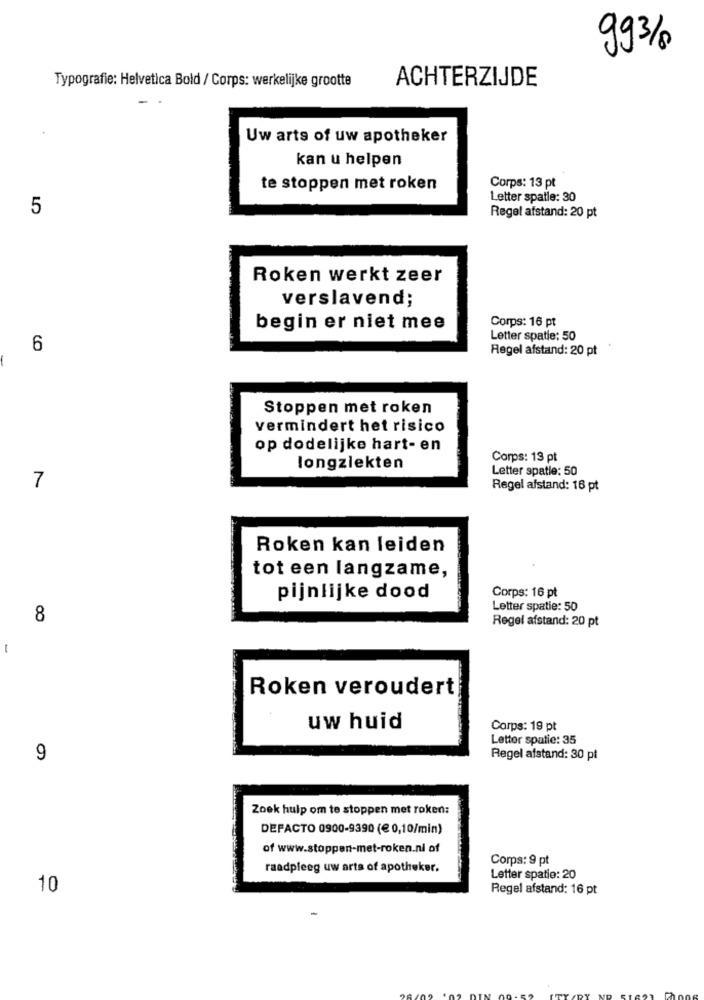
993/8
Typografie: Helvetica Bold / Corps: werkelijke grootte
ACHTERZIJDE
Uw arts of uw apotheker
kan u helpen
Corps: 13 pt
te stoppen met roken
Letter spatle: 30
5
Regel afstand: 20 pt
Roken werkt zeer
verslavend;
Corps: 16 pt
begin er niet mee
Letter spatie: 50
6
Regel afstand: 20 pt
Stoppen met roken
vermindert het risico
op dodelijke hart- en
Corps: 13 pt
longziekten
Letter spatie: 50
7
Regel afstand: 16 pt
Roken kan leiden
tot een langzame,
pijnlijke dood
Corps: 16 pt
Letter spatie: 50
8
Regel afstand: 20 pt
1
Roken veroudert
uw huid
Corps: 19 pt
Lettor spatie: 35
9
Regel afstand: 30 pt
Zoek hulp om te stoppen met roken:
DEFACTO 0900-9390 (€ 0,10/min)
of www.stoppen-met-roken.ni of
Corps: 9 pt
raadpleeg uw arts of apotheker.
Letter spatie: 20
10
Regel afstand: 16 pt